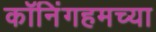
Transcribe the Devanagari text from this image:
कॉनिंगहमच्या